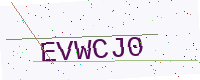
Text: EVWCJ0